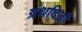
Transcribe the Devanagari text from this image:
ग्रंथदिडी